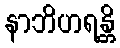
နာဘိဟရန္တိ